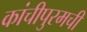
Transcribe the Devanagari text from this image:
कांचीपुरमची